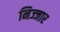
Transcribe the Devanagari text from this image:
निज्जार